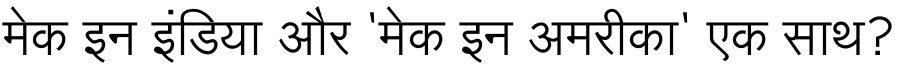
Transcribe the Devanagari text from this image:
मेक इन इंडिया और 'मेक इन अमरीका' एक साथ?